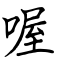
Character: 喔